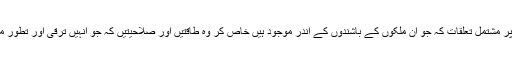
جس میں ان ملکوں کے درمیان موجود بھائی چارگی پر مشتمل تعلقات کہ جو ان ملکوں کے باشندوں کے اندر موجود ہیں خاص کر وہ طاقتیں اور صلاحیتیں کہ جو انہیں ترقی اور تطور میں اور اکثر شعبوں میں قیادت کرنے کا اہل بناتی ہیں۔